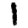
Digit: 1